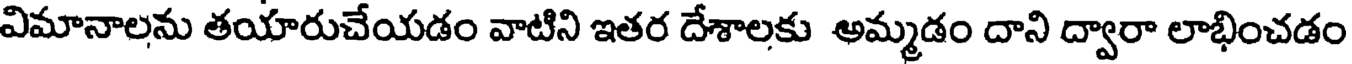
విమానాలను తయారుచేయడం వాటిని ఇతర దేశాలకు అమ్మడం దాని ద్వారా లాభించడం